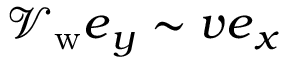
\mathcal { V } _ { \mathrm { w } } \boldsymbol { e } _ { y } \sim v \boldsymbol { e } _ { x }